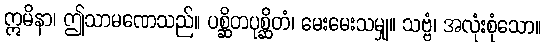
ဣမိနာ၊ ဤသာမဏေသည်။ ပစ္ဆိတပုစ္ဆိတံ၊ မေးမေးသမျှ။ သဗ္ဗံ၊ အလုံးစုံသော။